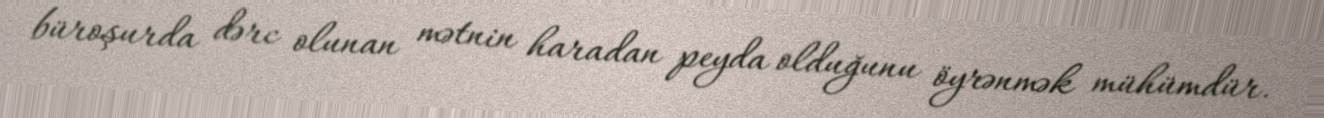
büroşurda dərc olunan mətnin haradan peyda olduğunu öyrənmək mühümdür.